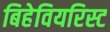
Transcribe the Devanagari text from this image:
बिहेवियरिस्ट